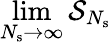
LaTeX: \operatorname*{lim}_{N_{\mathrm{s}}\to\infty}\mathcal{S}_{N_{\mathrm{s}}}